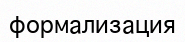
формализация